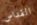
القداس